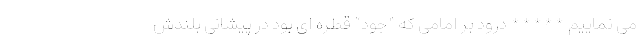
می نماییم ***** درود بر امامی که “جود” قطره ای بود در پیشانی بلندش